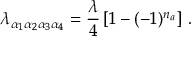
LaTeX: \lambda _ { \alpha _ { 1 } \alpha _ { 2 } \alpha _ { 3 } \alpha _ { 4 } } = { \frac { \lambda } { 4 } } \left[ 1 - ( - 1 ) ^ { n _ { a } } \right] \, .